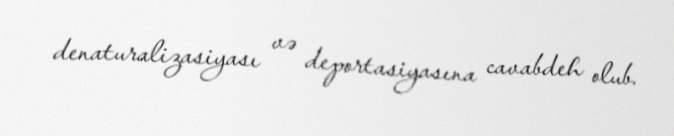
denaturalizasiyası və deportasiyasına cavabdeh olub.